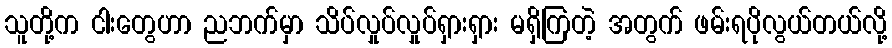
သူတို့က ငါးတွေဟာ ညဘက်မှာ သိပ်လှုပ်လှုပ်ရှားရှား မရှိကြတဲ့ အတွက် ဖမ်းရပိုလွယ်တယ်လို့